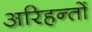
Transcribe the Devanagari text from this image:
अरिहन्तों